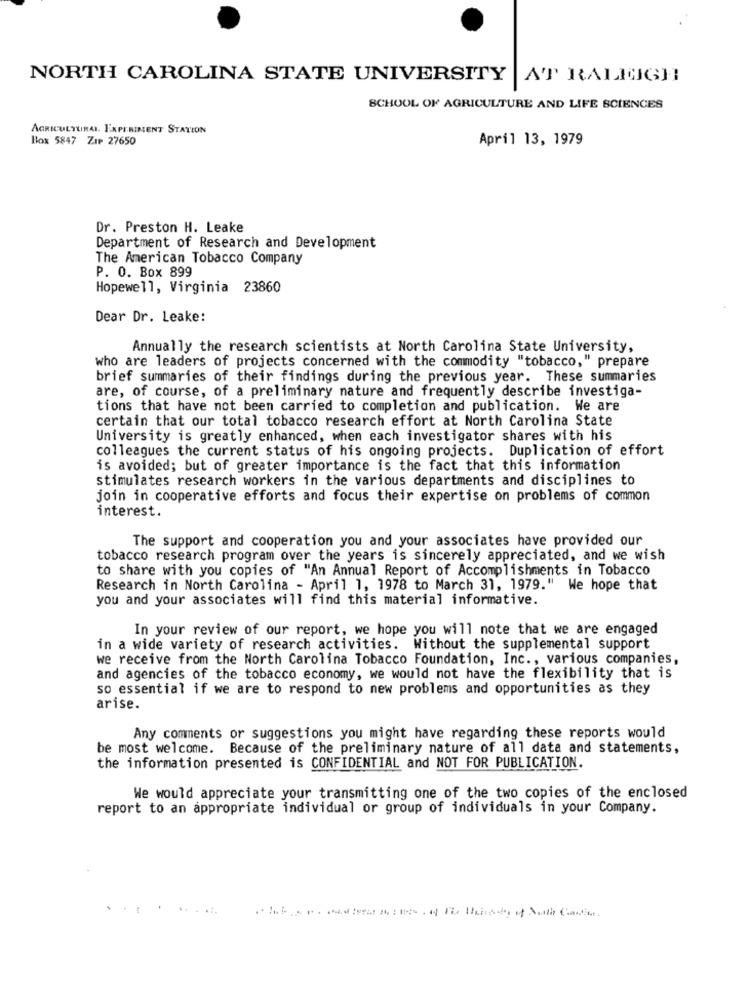
NORTH CAROLINA STATE UNIVERSITY | AT RALUGH!
SCHOOL OF AGRICULTURE AND LIFE SCIENCES
AGRICULTURAL. EXPERIMENT STATION
Box 5847 ZIP 27650
April 13, 1979
Dr. Preston H. Leake
Department of Research and Development
The American Tobacco Company
P. O. Box 899
Hopewell, Virginia 23860
Dear Dr. Leake:
Annually the research scientists at North Carolina State University,
who are leaders of projects concerned with the commodity "tobacco," prepare
brief summaries of their findings during the previous year. These summaries
are, of course, of a preliminary nature and frequently describe investiga-
tions that have not been carried to completion and publication. We are
certain that our total tobacco research effort at North Carolina State
University is greatly enhanced, when each investigator shares with his
colleagues the current status of his ongoing projects. Duplication of effort
is avoided; but of greater importance is the fact that this information
stimulates research workers in the various departments and disciplines to
join in cooperative efforts and focus their expertise on problems of common
interest.
The support and cooperation you and your associates have provided our
tobacco research program over the years is sincerely appreciated, and we wish
to share with you copies of "An Annual Report of Accomplishments in Tobacco
Research in North Carolina - April 1, 1978 to March 31, 1979." We hope that
you and your associates will find this material informative.
In your review of our report, we hope you will note that we are engaged
in a wide variety of research activities. Without the supplemental support
we receive from the North Carolina Tobacco Foundation, Inc ., various companies,
and agencies of the tobacco economy, we would not have the flexibility that is
so essential if we are to respond to new problems and opportunities as they
arise.
Any comments or suggestions you might have regarding these reports would
be most welcome. Because of the preliminary nature of all data and statements,
the information presented is CONFIDENTIAL and NOT FOR PUBLICATION.
We would appreciate your transmitting one of the two copies of the enclosed
report to an appropriate individual or group of individuals in your Company.
.......